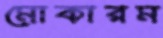
মোকারম